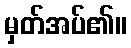
မှတ်အပ်၏။